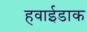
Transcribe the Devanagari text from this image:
हवाईडाक